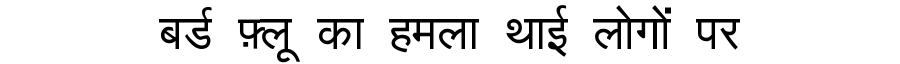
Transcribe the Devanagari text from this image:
बर्ड फ़्लू का हमला थाई लोगों पर